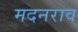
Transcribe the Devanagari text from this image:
मदनराव